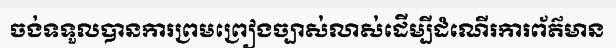
ចង់ទទួលបានការព្រមព្រៀងច្បាស់លាស់ដើម្បីដំណើរការព័ត៌មាន